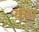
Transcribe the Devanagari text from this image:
क्हा